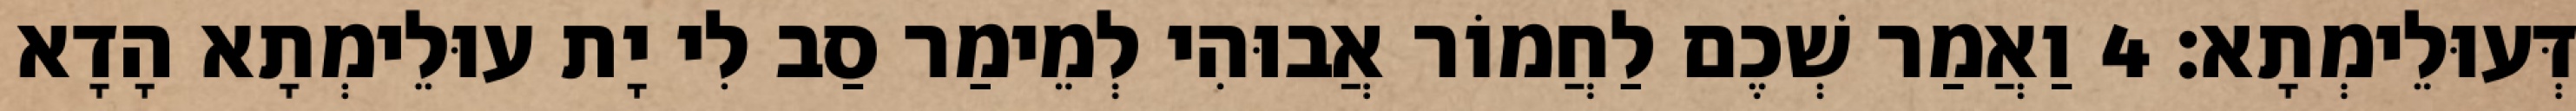
דְּעוּלֵימְתָא׃ 4 וַאֲמַר שְׁכֶם לַחֲמוֹר אֲבוּהִי לְמֵימַר סַב לִי יָת עוּלֵימְתָא הָדָא